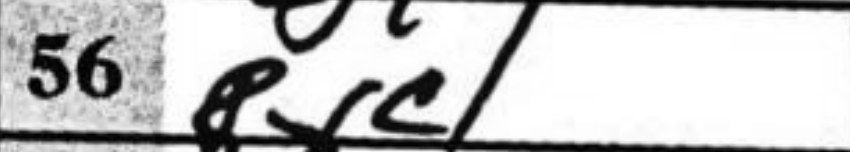
Transcription: Rxc1